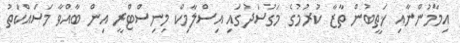
އިމާމުންނާއި ޚަތީބުން ތާޒާ ކުރުމުގެ މަގުސަދުގައި އިސްލާމިކް މިނިސްޓްރީ އިން ބާއްވާ މަސައްކަތު